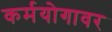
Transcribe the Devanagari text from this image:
कर्मयोगावर